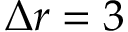
\Delta r = 3